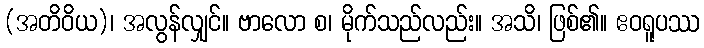
(အတိဝိယ)၊ အလွန်လျှင်။ ဗာလော စ၊ မိုက်သည်လည်း။ အသိ၊ ဖြစ်၏။ ဧဝရူပဿ